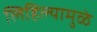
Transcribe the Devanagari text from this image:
लिहिल्यामुळे